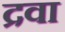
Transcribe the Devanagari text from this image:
द्रवा